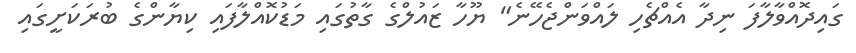
ގައިދޮއްވާލާފަ ނިދާ އެއްޗެހި ލައްވަންޖެހޭނެ" ޔޫހާ ޒައުލްގެ ގާތުގައި މަޑުކޮއްލާފައި ކިޔާންގެ ބުރަކަށީގައި